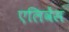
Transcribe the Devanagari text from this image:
एलिवेंस